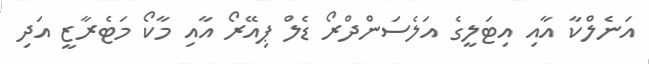
އަނެލްކާ އާއި އިޓަލީގެ އަލެސަންދްރޯ ޑެލް ޕިއޭރޯ އާއި މާކޯ މަޓެރާޒީ އަދި